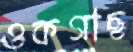
ওকগাছ